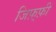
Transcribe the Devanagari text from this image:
जिफ़्फ़ी